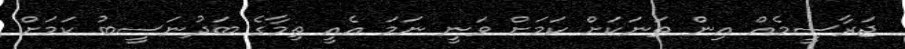
ޖަރާސީމެއް އިން ތަނަކަށް ކަމަށް ވަނީ ނަމަ އެއީ ތިމާގެ ބަދުނަސީބު ކަމަށް